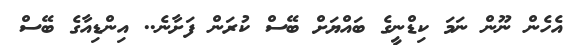
އެހެން ނޫން ނަމަ ކިޑްނީގެ ބައްޔަށް ބޭސް ކުރަން ފަށާނެ.. އިންޑިއާގެ ބޭސް